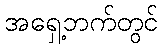
အရှေ့ဘက်တွင်